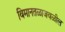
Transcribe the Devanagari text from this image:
विमानतळाजवळील